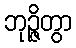
ဘုဉ္ဇိတွာ